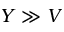
Y \gg V